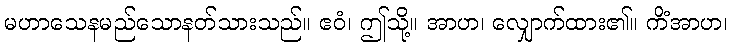
မဟာသေနမည်သောနတ်သားသည်။ ဧဝံ၊ ဤသို့။ အာဟ၊ လျှောက်ထား၏။ ကိံအာဟ၊